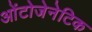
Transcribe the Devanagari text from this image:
ओंटोजेनेटिक